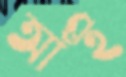
আঁই